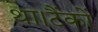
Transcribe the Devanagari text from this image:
था।टैंकों